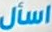
اسأل